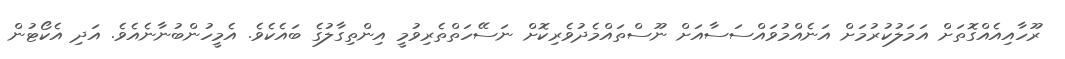
ރޫހާއިއެއްގޮތަށް އަމަލުކުރުމަށް އަނެއްމުވައްސަސާއަށް ނޫސްތައްމެދުވެރިކޮށް ނަސޭހަތްތެރިވުމީ އިންތިގާލުގެ ބައެކެވެ. އެމީހުންބުނާނެއެވެ. އަދި އެކޯޓުން